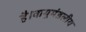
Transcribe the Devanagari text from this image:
है।वायुमंडलीय